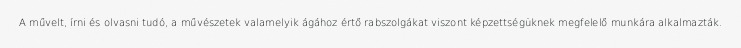
A művelt, írni és olvasni tudó, a művészetek valamelyik ágához értő rabszolgákat viszont képzettségüknek megfelelő munkára alkalmazták.